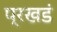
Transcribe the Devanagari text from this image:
प्रखडं